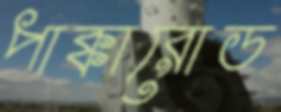
পাক্কারোড